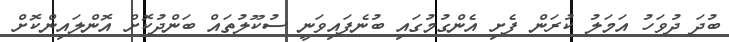
ބުދަ ދުވަހު އަމަލު ކުރަން ފެށި އެންގުމުގައި ބުނެފައިވަނީ ސުކޫލުތައް ބަންދުކޮށް އޮންލައިންކޮށް